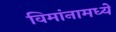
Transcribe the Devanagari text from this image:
विमांनामध्ये